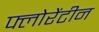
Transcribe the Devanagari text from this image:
फ्लोरेंटीन